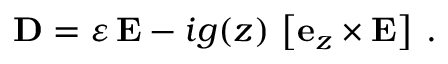
{ \bf D } = \varepsilon \, { \bf E } - i g ( z ) \, \left[ { \bf e } _ { z } \times { \bf E } \right] \: .